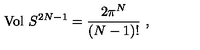
\mathrm { V o l } \ S ^ { 2 N - 1 } = \frac { 2 \pi ^ { N } } { ( N - 1 ) ! } \ ,